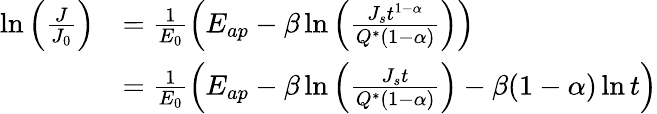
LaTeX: \begin{array}{rl}{\ln\Big(\frac{J}{J_{0}}\Big)}&{=\frac{1}{E_{0}}\Big(E_{ap}-\beta\ln\Big(\frac{J_{s}t^{1-\alpha}}{Q^{*}(1-\alpha)}\Big)\Big)}\\ &{=\frac{1}{E_{0}}\Big(E_{ap}-\beta\ln\Big(\frac{J_{s}t}{Q^{*}(1-\alpha)}\Big)-\beta(1-\alpha)\ln t\Big)}\end{array}